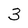
Character: 3